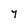
Character: 7